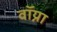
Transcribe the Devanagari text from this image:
वॉय्ना